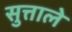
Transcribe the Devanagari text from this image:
सुत्ताले